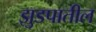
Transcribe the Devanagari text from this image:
झुडपातील